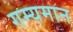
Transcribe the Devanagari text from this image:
गम्यमान